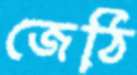
জেঠি